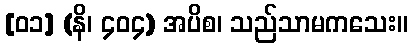
[၀၁] (နိ၊ ၄၀၄) အပိစ၊ သည်သာမကသေး။